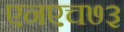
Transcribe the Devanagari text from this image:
एनएच७३